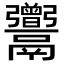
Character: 𩱭